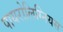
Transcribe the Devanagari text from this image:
पायरोलिग्नियस